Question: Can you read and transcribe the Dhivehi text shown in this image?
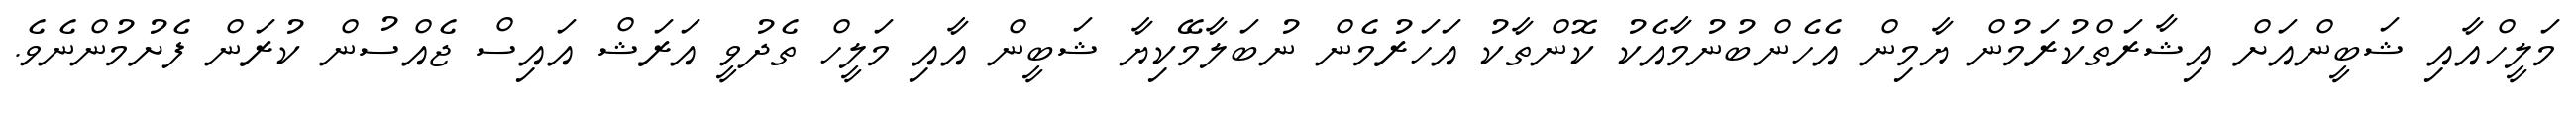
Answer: މަލީހްއާއި ޝަބީންއަށް އިޝާރަތްކުރަމުން ޔާމިން އެހެންބުނުމާއެކު ކޮންތާކު އަހަރުމެން ނުބަލާމޭކިޔާ ޝަބީން އާއި މަލީހް ތެދުވީ އަރަޝް އައިސް ޖެއްސުން ކުރަން ފެށުމުންނެވެ.